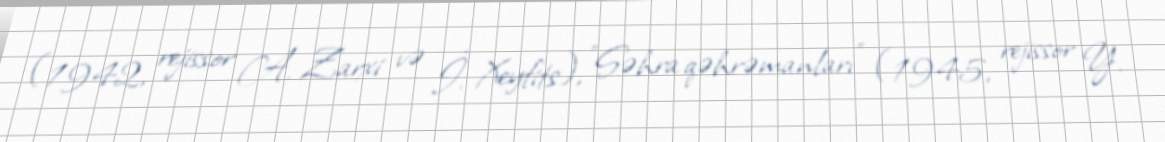
(1942, rejissor A. Zarxi və İ. Xeyfits), "Səhra qəhrəmanları" (1945, rejissor Y.